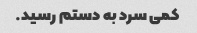
کمی سرد به دستم رسید.